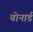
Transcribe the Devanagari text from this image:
बोनार्ड